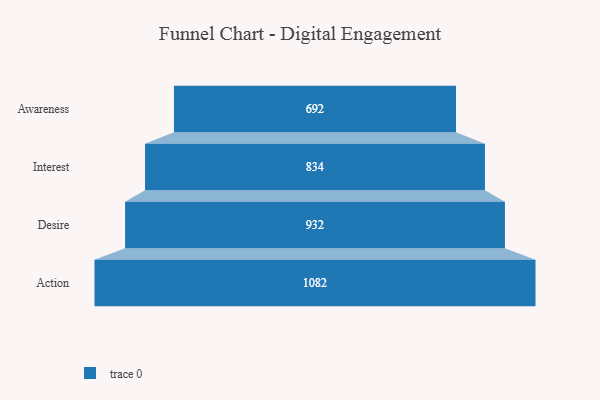
{"axis": {"x": "Stage", "y": "Value"}, "legend": [""], "data": [{"x": "Awareness", "y": 692.0, "type": ""}, {"x": "Interest", "y": 834.0, "type": ""}, {"x": "Desire", "y": 932.0, "type": ""}, {"x": "Action", "y": 1082.0, "type": ""}]}